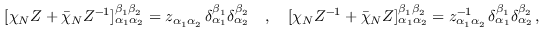
[ \chi _ { N } Z + \bar { \chi } _ { N } Z ^ { - 1 } ] _ { \alpha _ { 1 } \alpha _ { 2 } } ^ { \beta _ { 1 } \beta _ { 2 } } = z _ { \alpha _ { 1 } \alpha _ { 2 } } \, \delta _ { \alpha _ { 1 } } ^ { \beta _ { 1 } } \delta _ { \alpha _ { 2 } } ^ { \beta _ { 2 } } \quad , \quad [ \chi _ { N } Z ^ { - 1 } + \bar { \chi } _ { N } Z ] _ { \alpha _ { 1 } \alpha _ { 2 } } ^ { \beta _ { 1 } \beta _ { 2 } } = z _ { \alpha _ { 1 } \alpha _ { 2 } } ^ { - 1 } \, \delta _ { \alpha _ { 1 } } ^ { \beta _ { 1 } } \delta _ { \alpha _ { 2 } } ^ { \beta _ { 2 } } \, , \nonumber